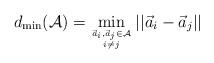
LaTeX: \begin{align*}d_{\mathrm{min}}(\mathcal{A}) = \min_{\vec{a}_{i}, \vec{a}_{j} \in \mathcal{A} \atop i \neq j} ||\vec{a}_i - \vec{a}_j||\end{align*}